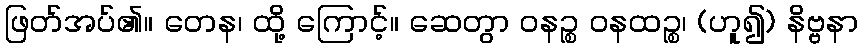
ဖြတ်အပ်၏။ တေန၊ ထို့ ကြောင့်။ ဆေတွာ ဝနဉ္စ ဝနထဉ္စ၊ (ဟူ၍) နိဗ္ဗနာ